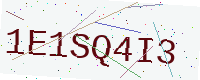
Text: 1E1SQ4I3